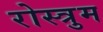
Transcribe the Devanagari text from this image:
रोस्त्रुम